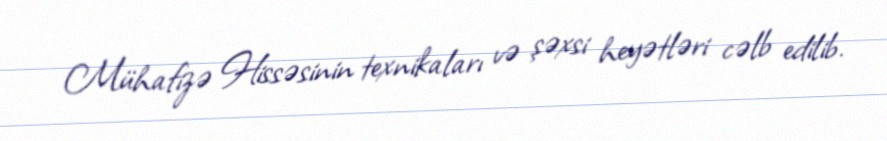
Mühafizə Hissəsinin texnikaları və şəxsi heyətləri cəlb edilib.